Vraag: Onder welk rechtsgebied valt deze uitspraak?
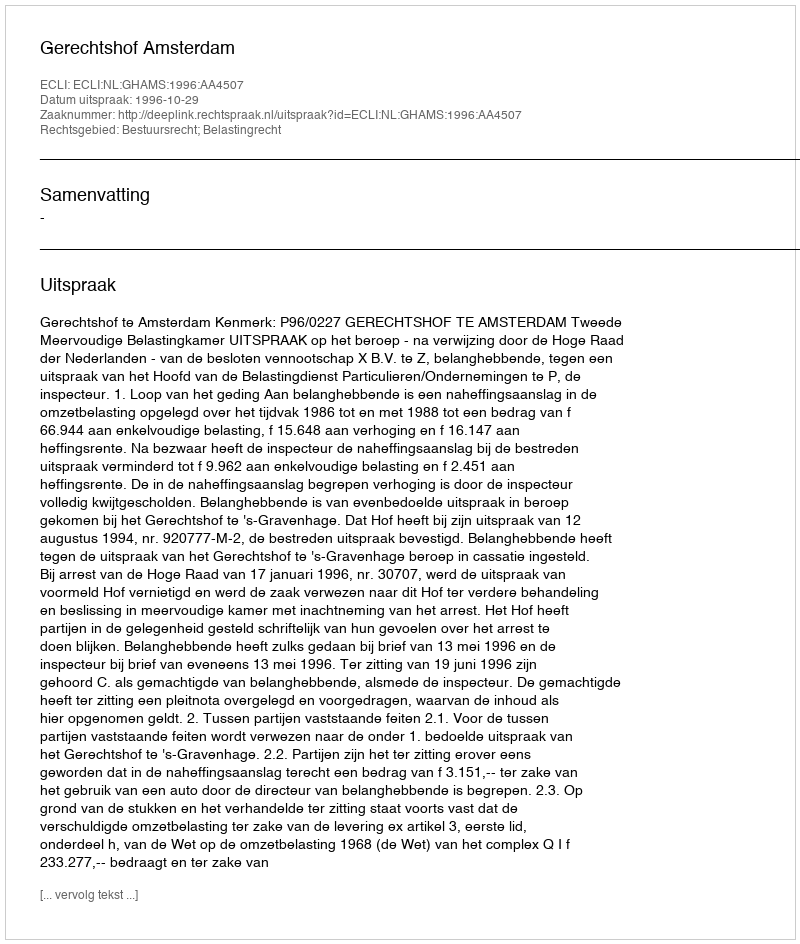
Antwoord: Bestuursrecht; Belastingrecht